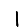
Digit: 1